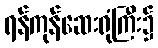
ရန်ကုန်ဆေးရုံကြီး၌